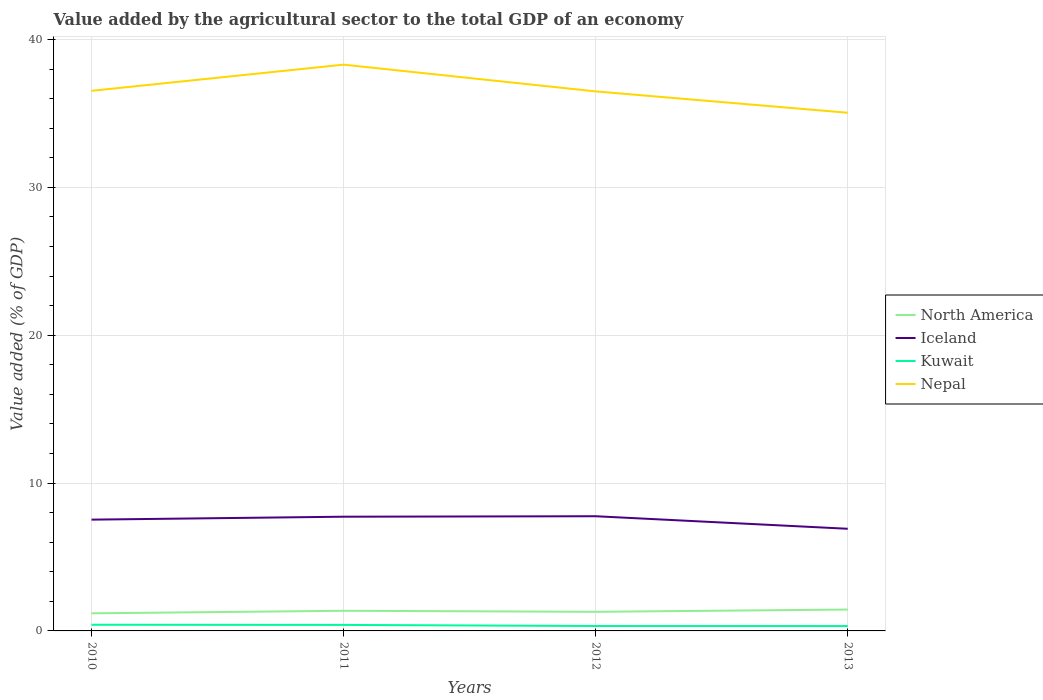
| Years | North America | Iceland | Kuwait | Nepal |
 | --- | --- | --- | --- | --- |
 | 2010 | 1.19 | 7.53 | 0.417 | 36.5 |
 | 2011 | 1.36 | 7.72 | 0.407 | 38.3 |
 | 2012 | 1.29 | 7.76 | 0.332 | 36.5 |
 | 2013 | 1.45 | 6.91 | 0.33 | 35 |